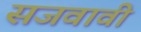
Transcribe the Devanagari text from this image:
सजवावी